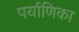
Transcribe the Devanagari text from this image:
पर्याणिका